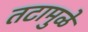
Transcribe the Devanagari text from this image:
तटामुळे